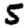
Digit: 5